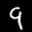
Label: 9